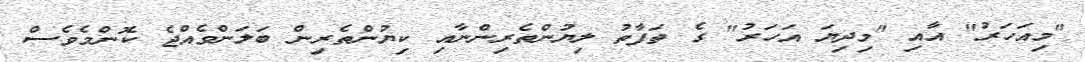
"މިއަހަރު" އާއި "މިދިޔަ އަހަރު" ގެ ތަފާތު ލިޔުންތެރިންނާއި ކިޔުންތެރިން ބަލަންވެއްޖެ ކޮންމެވެސް